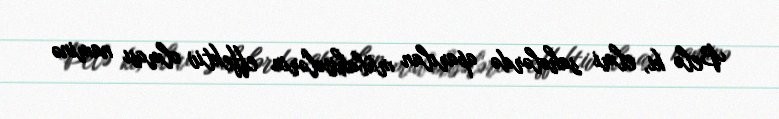
Belə ki, elmi sahələrdə aparılan mübahisələrin effektiv olması naminə